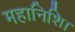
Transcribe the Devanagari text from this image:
महानिशि।